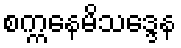
စက္ကနေမိသဒ္ဒေန